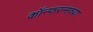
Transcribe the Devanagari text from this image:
कॉन्फरन्सच्या